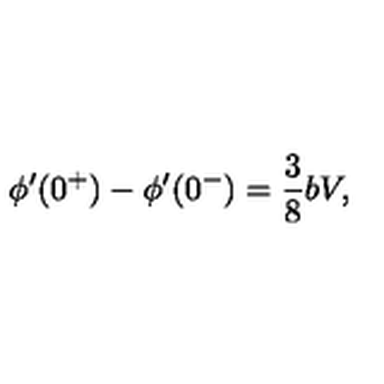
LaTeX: \phi ^ { \prime } ( 0 ^ { + } ) - \phi ^ { \prime } ( 0 ^ { - } ) = \frac { 3 } { 8 } b V ,